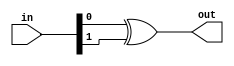

// test_simulation_xor_1_test.v
module f1_test(input [1:0] in, output out);
assign out = (in[0] ^ in[1]);
endmodule

// test_simulation_xor_2_test.v
module f2_test(input [2:0] in, output out);
assign out = (in[0] ^ in[1] ^ in[2]);
endmodule

// test_simulation_xor_3_test.v
module f3_test(input [3:0] in, output out);
assign out = (in[0] ^ in[1] ^ in[2] ^ in[3]);
endmodule

// test_simulation_xor_4_test.v
module f4_test(input [3:0] in, output out);
xor myxor(out, in[0], in[1], in[2], in[3]);
endmodule